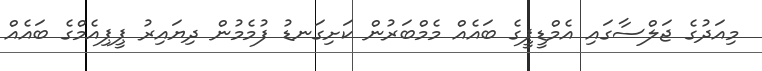
މިއަދުގެ ޖަލްސާގައި އެމްޑީޕީގެ ބައެއް މެމްބަރުން ކަށިގަނޑު ފުމެމުން ދިޔައިރު ޕީޕިއެމްގެ ބައެއް